Epidemic dropsy in Calcutta - Number 49
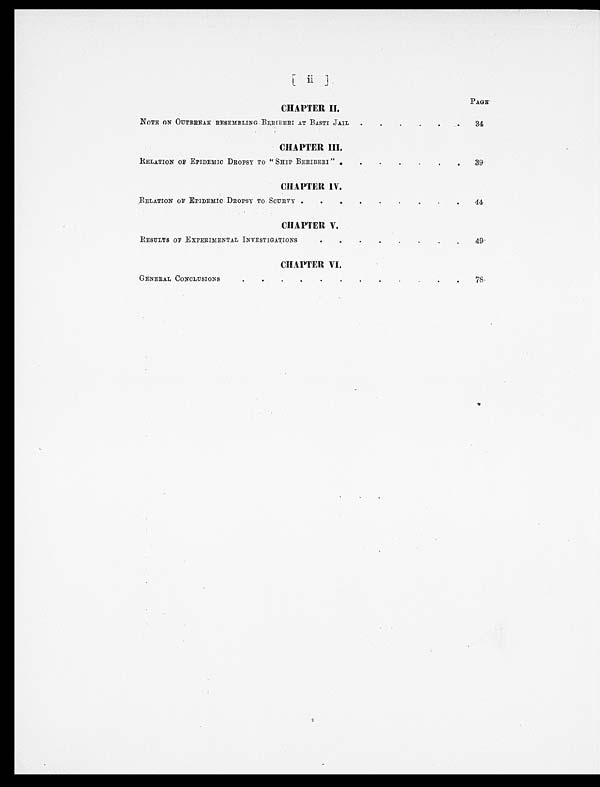
[ ii ]
PAGE
CHAPTER II.
NOTE ON OUTBREAK RESEMBLING BERIBERI AT BASTI JAIL
.
.
.
.
.
. 34
CHAPTER III.
RELATION OF EPIDEMIC DROPSY TO "SHIP BERIBERI"
.
.
.
.
.
.
.
.
39
CHAPTER IV.
RELATION OF EPIDEMIC DROPSY TO SCURVY
. .
.
.
.
.
.
.
.
44
CHAPTER V.
RESULTS OF EXPERIMENTAL INVESTIGATIONS
.
.
.
.
.
.
.
.
49
CHAPTER VI.
GENERAL CONCLUSIONS
.
.
.
. .
.
.
.
.
.
.
.
7 8